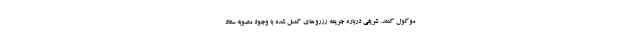
موکول کنند. شریفی درباره جریمه رزروهای کنسل شده با وجود مصوبه ستاد